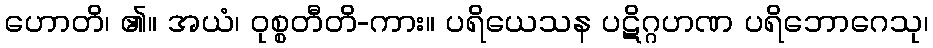
ဟောတိ၊ ၏။ အယံ၊ ဝုစ္စတီတိ-ကား။ ပရိယေသန ပဋိဂ္ဂဟဏ ပရိဘောဂေသု၊